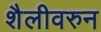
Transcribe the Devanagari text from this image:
शैलीवरुन